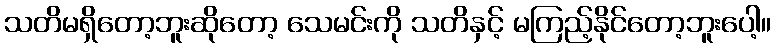
သတိမရှိတော့ဘူးဆိုတော့ သေမင်းကို သတိနှင့် မကြည့်နိုင်တော့ဘူးပေါ့။